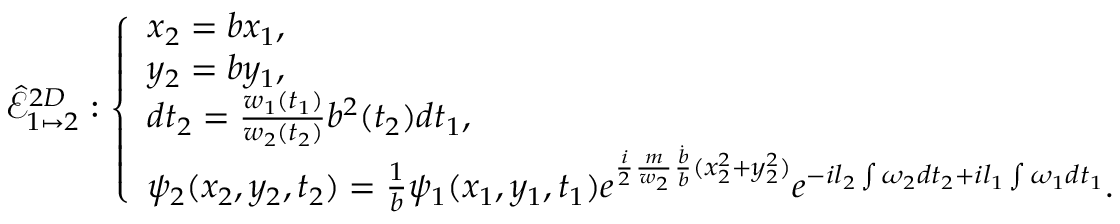
\hat { \mathcal { E } } _ { 1 \mapsto 2 } ^ { 2 D } : \left\{ \begin{array} { l l } { x _ { 2 } = b x _ { 1 } , } \\ { y _ { 2 } = b y _ { 1 } , } \\ { d t _ { 2 } = \frac { w _ { 1 } ( t _ { 1 } ) } { w _ { 2 } ( t _ { 2 } ) } b ^ { 2 } ( t _ { 2 } ) d t _ { 1 } , } \\ { \psi _ { 2 } ( x _ { 2 } , y _ { 2 } , t _ { 2 } ) = \frac { 1 } { b } \psi _ { 1 } ( x _ { 1 } , y _ { 1 } , t _ { 1 } ) e ^ { \frac { i } { 2 } \frac { m } { w _ { 2 } } \frac { \dot { b } } { b } ( x _ { 2 } ^ { 2 } + y _ { 2 } ^ { 2 } ) } e ^ { - i l _ { 2 } \int \omega _ { 2 } d t _ { 2 } + i l _ { 1 } \int \omega _ { 1 } d t _ { 1 } } . } \end{array} \right.